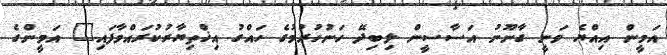
އަމީން އިއްޔެ ވަނީ ގާނޫނު އަސާސީން ލިބިދޭ ހަނުހުރުމުގެ ހައްގު އިޚްތިޔާރުކުރައްވާފައި" އަމީންގެ